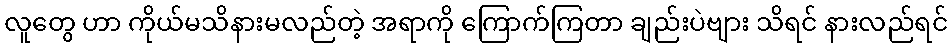
လူတွေ ဟာ ကိုယ်မသိနားမလည်တဲ့ အရာကို ကြောက်ကြတာ ချည်းပဲဗျား သိရင် နားလည်ရင်